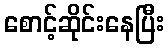
စောင့်ဆိုင်းနေပြီး